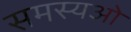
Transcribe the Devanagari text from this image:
समस्यओ